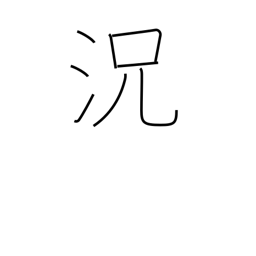
Meaning: condition